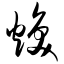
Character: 焕